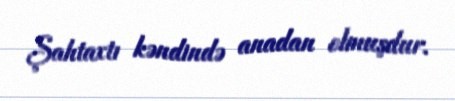
Şahtaxtı kəndində anadan olmuşdur.